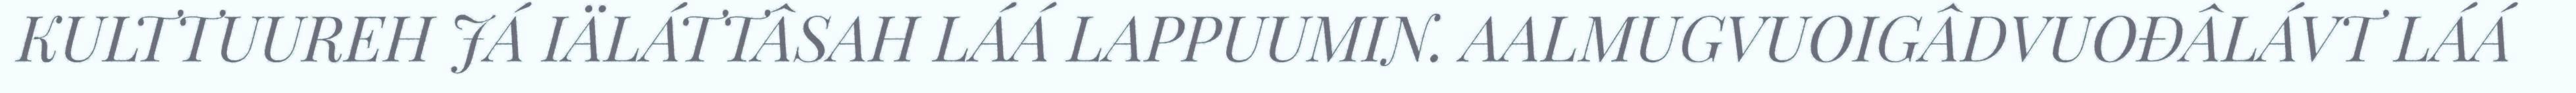
KULTTUUREH JÁ IÄLÁTTÂSAH LÁÁ LAPPUUMIN. AALMUGVUOIGÂDVUOĐÂLÁVT LÁÁ